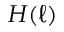
H ( \ell )